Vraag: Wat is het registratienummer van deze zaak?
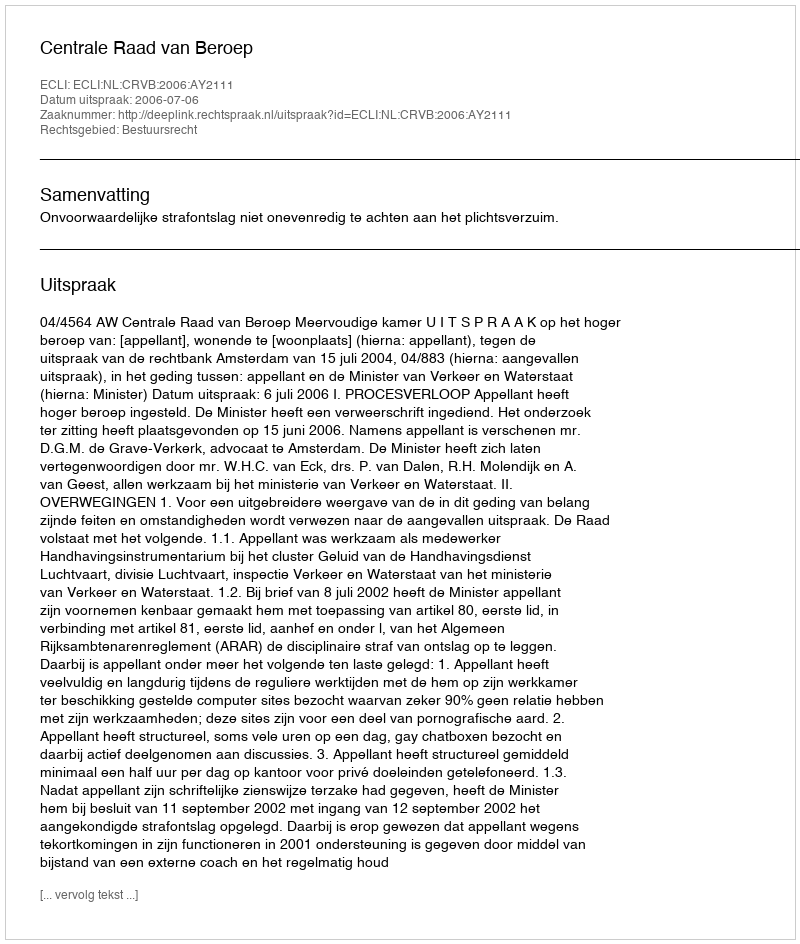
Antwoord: http://deeplink.rechtspraak.nl/uitspraak?id=ECLI:NL:CRVB:2006:AY2111